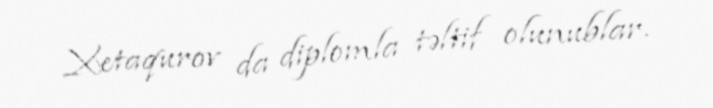
Xetaqurov da diplomla təltif olunublar.